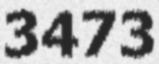
3473